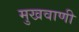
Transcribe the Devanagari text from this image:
मुखवाणी